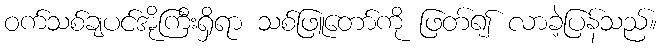
ဝက်သစ်ချပင်အိုကြီးရှိရာ သစ်ဖြူတော်ကို ဖြတ်၍ လာခဲ့ပြန်သည်။